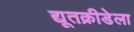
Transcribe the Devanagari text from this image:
द्यूतक्रीडेला